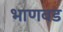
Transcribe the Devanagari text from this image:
भाणवड